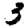
Digit: 3